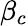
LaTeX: \beta_{c}